Burma Government Medical School reports 1907-22
Year: 1907
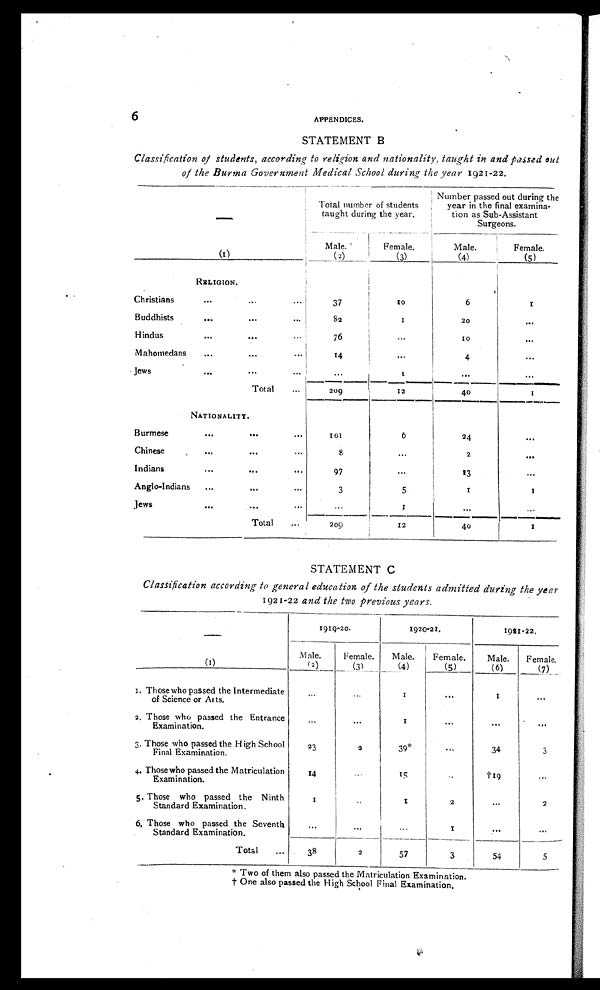
6
APPENDICES.
STATEMENT B
Classification of students, according to religion and nationality, taught in and passed out
of the Burma Government Medical School during the year 1921-22.
Total number of students
taught during the year.
Number passed out during the
year in the final examina-
tion as Sub-Assistant
Surgeons.
Male.
Female.
Male.
Female.
(1)
(2)
(3)
(4)
(5)
RELIGION.
Christians
...
...
...
37
10
6
1
Buddhists
...
...
. . .
8 2
1
2 0
. . .
H indus
...
...
76
. . .
1 0
. . .
Mahomedans
...
... ...
14
. . .
4
. . .
Jews
...
... . . .
. . .
1
. . .
. . .
Total
. . .
209
12
40
1
NATIONALITY.
Burmese
...
...
...
101
6
24
. . .
Chinese
...
... ...
8
. . .
2
. . .
Indians
... ...
97
...
13
...
Anglo-Indians
...
...
3
5
1
1
Jews
...
...
. . .
1
. . .
. . .
1
Total...
2 0 9
12
40
STATEMENT C
Classification according to general education of the students admitted during the year
1921-22 and the two previous years.
1919-20.
1920-21.
1921-22.
Male.
Female.
Male.
Female.
Male.
Female.
(1)
(2)
(3)
(4)
(5)
(6)
(7)
1. Those who passed the Intermediate
of Science or Arts.
...
...
1
...
1
...
2. Those who passed the
E n t r a n c e
Examination.
. . .
. . .
1
. . .
. . .
. . .
3. Those who passed the High School
Final Examination.
23
2
39*
...
34
3
4. Those who passed the Matriculation
Examination.
14
. . .
1 5
. . .
†19
. . .
5. Those who passed the Ninth
Standard Examination.
1
. . .
1
2
...
2
6. Those who passed the Seventh
Standard Examination.
. . .
...
. . .
1
. . .
. . .
Total
. . .
38
I
2
57
3
54
5
* Two of them also passed the Matriculation Examination.
† O n e a l s o p a s s e d t h e H i g h S c h o o l F i n a l E x a m i n a t i o n .